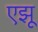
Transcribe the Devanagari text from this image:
एझू